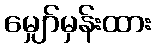
မျှော်မှန်းထား